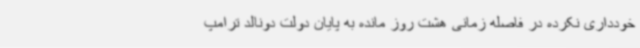
خودداری نکرده در فاصله زمانی هشت روز مانده به پایان دولت دونالد ترامپ